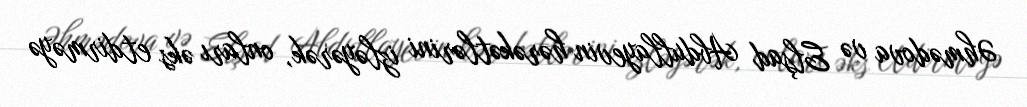
Əhmədova və Elşad Abdullayevin hərəkətlərini izləyərək, onları əks etdirməyə